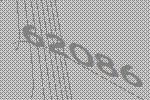
62086